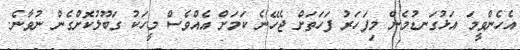
އެހެންވީމަ އަޅުގަނޑުމެން މިފަހަރު ފަހަތަށް ޖެހޭނެ ކަމަށް އެއްވެސް މީހަކު ގަބޫލުކޮށްގެން ނުވާނެ.